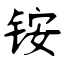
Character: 铵